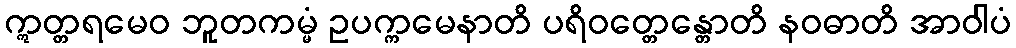
ဣတ္တရမေဝ ဘူတကမ္မံ ဥပက္ကမေနာတိ ပရိဝတ္တေန္တောတိ နဝဓာတိ အာဝါပံ